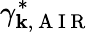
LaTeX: \gamma_{\mathbf{k},\mathrm{{~A~I~R~}}}^{\ast}